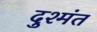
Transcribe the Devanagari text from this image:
दुश्मंत